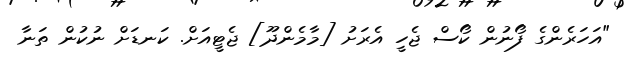
"އަހަރެންގެ ފޯނުން ކޯސް ޖެހީ އެރަށު [މާމެންދޫ] ޖެޓީއަށް. ކަނޑަށް ނުކުން ތަނާ